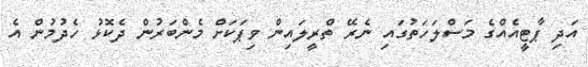
އަދި ޕާޓީއެއްގެ މަސްލަހަތުގައި ނެރޭ ތްރީލައިން ވިޕަކަށް މެންބަރުން ދެކޮޅު ހެދުމުން އެ